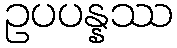
ဥပပန္နဿ